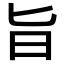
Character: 旨